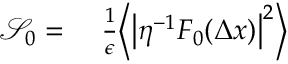
\begin{array} { r l } { \mathcal { S } _ { 0 } = } & { { } ~ \frac { 1 } { \epsilon } \Big \langle \big \vert \eta ^ { - 1 } F _ { 0 } ( \Delta { x } ) \big \vert ^ { 2 } \Big \rangle } \end{array}